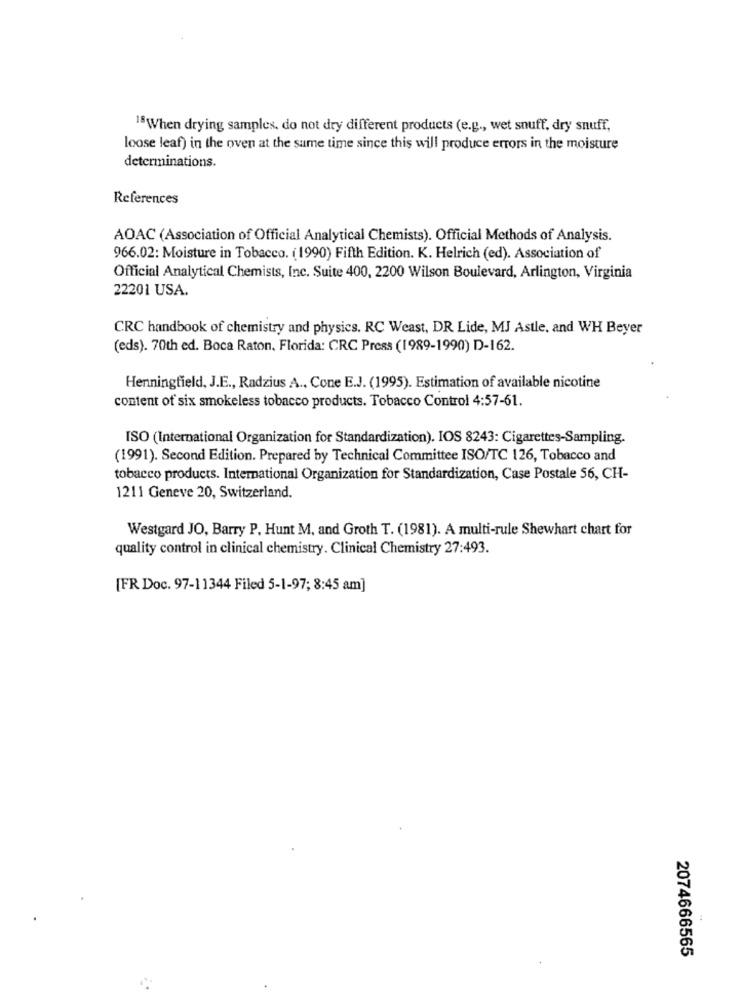
18When drying samples. do not dry different products (e.g ., wet snuff, dry snuff,
loose leaf) in the oven at the same time since this will produce errors in the moisture
determinations.
References
AOAC (Association of Official Analytical Chemists). Official Methods of Analysis.
966.02: Moisture in Tobacco. (1990) Fifth Edition. K. Helrich (ed). Association of
Official Analytical Chemists, Inc. Suite 400, 2200 Wilson Boulevard, Arlington, Virginia
22201 USA.
CRC handbook of chemistry and physics. RC Weast, DR Lide, MJ Astle, and WH Beyer
(eds). 70th ed. Boca Raton, Florida: CRC Press (1989-1990) D-162.
Henningfield, J.E ., Radzius A ., Cone E.J. (1995). Estimation of available nicotine
content of six smokeless tobacco products. Tobacco Control 4:57-61.
ISO (International Organization for Standardization). IOS 8243: Cigarettes-Sampling.
(1991). Second Edition. Prepared by Technical Committee ISO/TC 126, Tobacco and
tobacco products. International Organization for Standardization, Case Postale 56, CH-
1211 Geneve 20, Switzerland.
Westgard JO, Barry P. Hunt M, and Groth T. (1981). A multi-rule Shewhart chart for
quality control in clinical chemistry. Clinical Chemistry 27:493.
[FR Doc. 97-11344 Filed 5-1-97; 8:45 am]
2074666565